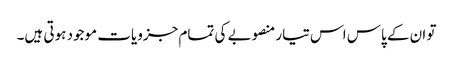
تو ان کے پاس اس تیار منصوبے کی تمام جزویات موجود ہوتی ہیں۔